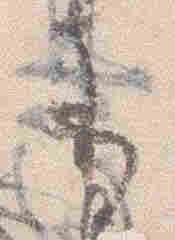
示